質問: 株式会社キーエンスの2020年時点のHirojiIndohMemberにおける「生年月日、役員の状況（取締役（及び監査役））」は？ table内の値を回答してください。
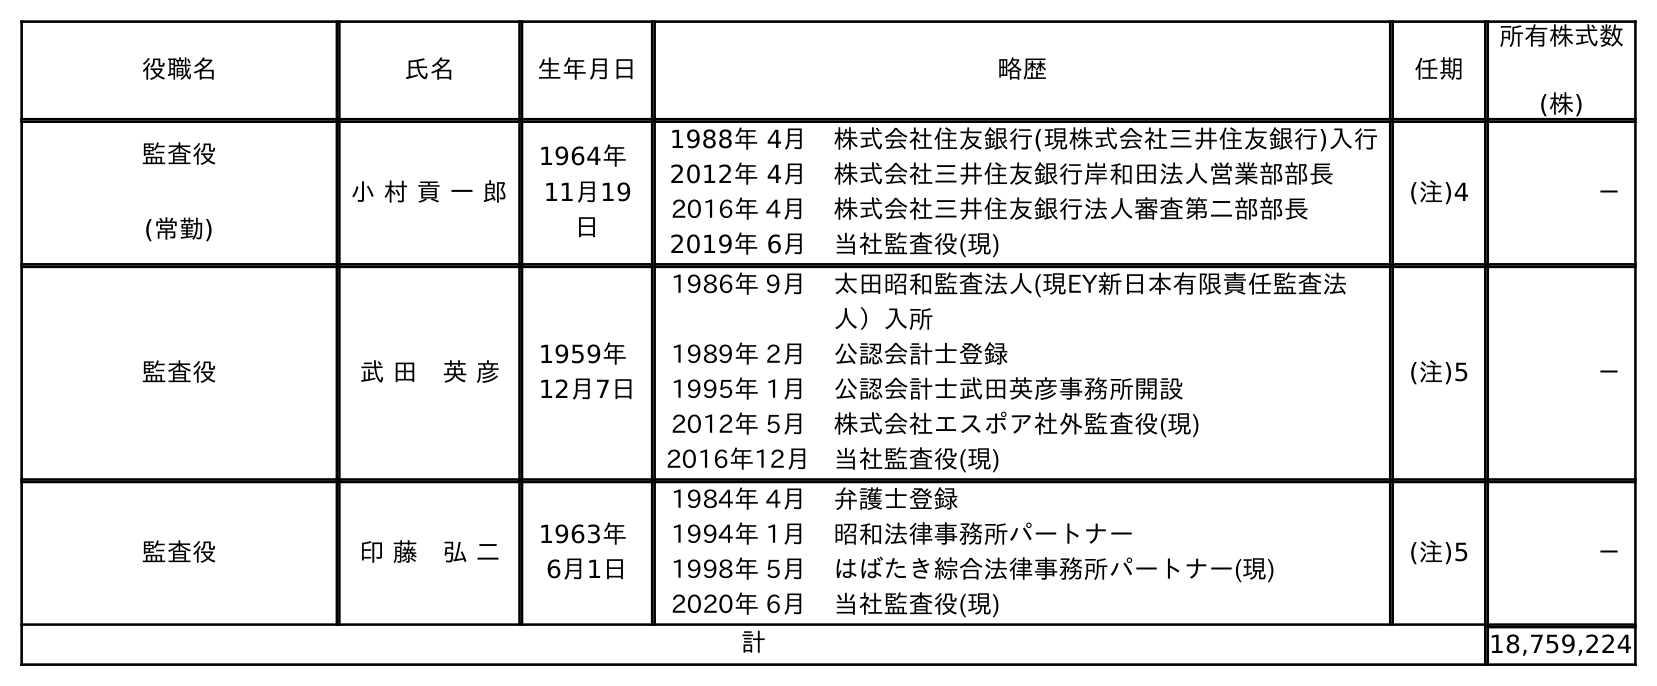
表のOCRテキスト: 役職名 氏名 生年月日 略歴 任期 所有株式数 (株) 監査役 (常勤) 小 村 貢 一 郎 1964年 11月19 日 1988年 4月 株式会社住友銀行(現株式会社三井住友銀行)入行 2012年 4月 株式会社三井住友銀行岸和田法人営業部部長 2016年 4月 株式会社三井住友銀行法人審査第二部部長 2019年 6月 当社監査役(現) (注)4 － 監査役 武 田 英 彦 1959年 12月7日 1986年 9月 太田昭和監査法人(現EY新日本有限責任監査法 人）入所 1989年 2月 公認会計士登録 1995年 1月 公認会計士武田英彦事務所開設 2012年 5月 株式会社エスポア社外監査役(現) 2016年12月 当社監査役(現) (注)5 － 監査役 印 藤 弘 二 1963年 6月1日 1984年 4月 弁護士登録 1994年 1月 昭和法律事務所パートナー 1998年 5月 はばたき綜合法律事務所パートナー(現) 2020年 6月 当社監査役(現) (注)5 － 計 18,759,224
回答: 1963年6月1日